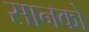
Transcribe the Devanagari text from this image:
सानको